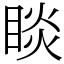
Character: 睒